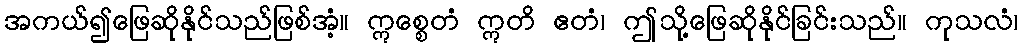
အကယ်၍ဖြေဆိုနိုင်သည်ဖြစ်အံ့။ ဣစ္စေတံ ဣတိ ဧတံ၊ ဤသို့ဖြေဆိုနိုင်ခြင်းသည်။ ကုသလံ၊